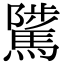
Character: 騭